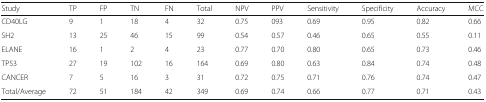
<table><thead><tr><td><b>Study</b></td><td><b>TP</b></td><td><b>FP</b></td><td><b>TN</b></td><td><b>FN</b></td><td><b>Total</b></td><td><b>NPV</b></td><td><b>PPV</b></td><td><b>Sensitivity</b></td><td><b>Specificity</b></td><td><b>Accuracy</b></td><td><b>MCC</b></td></tr></thead><tbody><tr><td>CD40LG</td><td>9</td><td>1</td><td>18</td><td>4</td><td>32</td><td>0.75</td><td>093</td><td>0.69</td><td>0.95</td><td>0.82</td><td>0.66</td></tr><tr><td>SH2</td><td>13</td><td>25</td><td>46</td><td>15</td><td>99</td><td>0.54</td><td>0.57</td><td>0.46</td><td>0.65</td><td>0.55</td><td>0.11</td></tr><tr><td>ELANE</td><td>16</td><td>1</td><td>2</td><td>4</td><td>23</td><td>0.77</td><td>0.70</td><td>0.80</td><td>0.65</td><td>0.73</td><td>0.46</td></tr><tr><td>TP53</td><td>27</td><td>19</td><td>102</td><td>16</td><td>164</td><td>0.69</td><td>0.80</td><td>0.63</td><td>0.84</td><td>0.74</td><td>0.48</td></tr><tr><td>CANCER</td><td>7</td><td>5</td><td>16</td><td>3</td><td>31</td><td>0.72</td><td>0.75</td><td>0.71</td><td>0.76</td><td>0.74</td><td>0.47</td></tr><tr><td>Total/Average</td><td>72</td><td>51</td><td>184</td><td>42</td><td>349</td><td>0.69</td><td>0.74</td><td>0.66</td><td>0.77</td><td>0.71</td><td>0.43</td></tr></tbody></table>